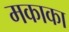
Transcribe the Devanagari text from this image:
मकाका